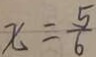
x = \frac { 5 } { 6 }